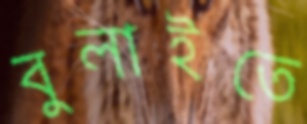
বুলাইতে